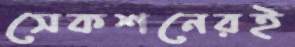
সেকশনেরই